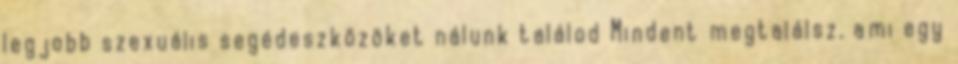
legjobb szexuális segédeszközöket nálunk találod Mindent megtalálsz, ami egy